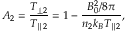
A _ { 2 } = \frac { T _ { \perp 2 } } { T _ { \parallel 2 } } = 1 - \frac { B _ { 0 } ^ { 2 } / 8 \pi } { n _ { 2 } k _ { B } T _ { \parallel 2 } } ,